Lunatic asylums United Provinces 1899-1908 - 1899-1908
Year: 1899
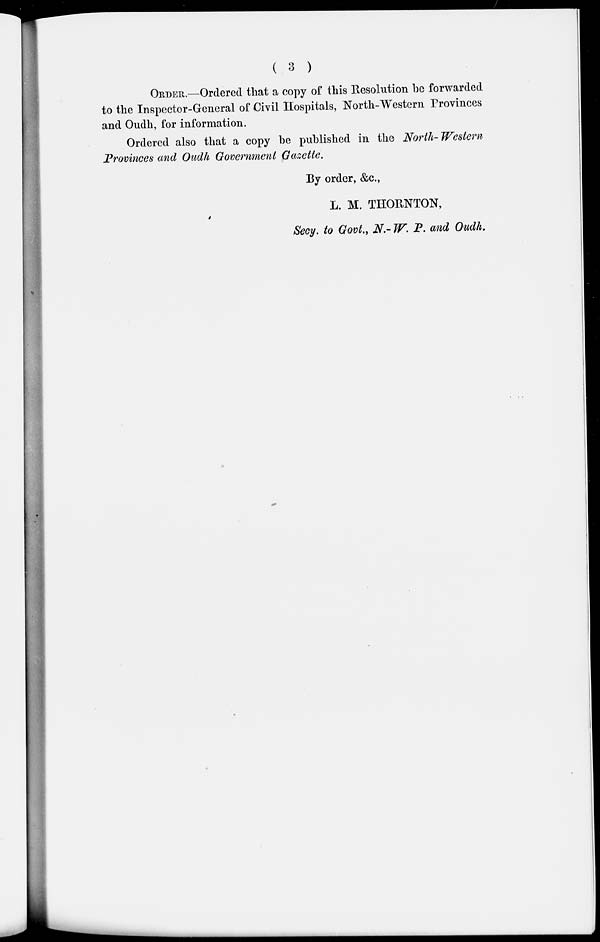
( 3 )
ORDER.—Ordered that a copy of this Resolution be forwarded
to the Inspector-General of Civil Hospitals, North-Western Provinces
and Oudh, for information.
Ordered also that a copy be published in the North-Western
Provinces and Oudh Government Gazette.
By order, &c.,
L. M. THORNTON,
Secy. to Govt., N.- W. P. and Oudh.